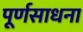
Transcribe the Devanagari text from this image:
पूर्णसाधना